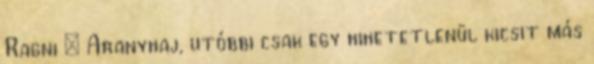
Ragni = Aranyhaj, utóbbi csak egy hihetetlenül kicsit más